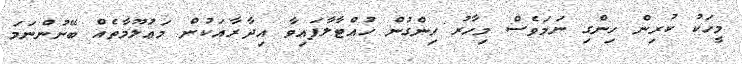
މީހަކު ކުރިން ހިންގި ނަމަވެސް މިހާރު ހިންގުން ހުއްޓާލާފައިވާ އިދާރާއަކުން މަޢުލޫމާތެއް ބޭނުންނަމަ